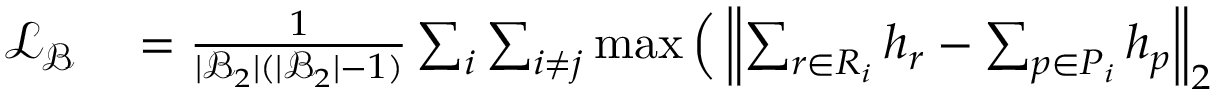
\begin{array} { r l } { \mathcal { L } _ { \mathcal { B } } } & { { } = \frac { 1 } { | \mathcal { B } _ { 2 } | ( | \mathcal { B } _ { 2 } | - 1 ) } \sum _ { i } \sum _ { i \neq j } \operatorname* { m a x } \Big ( \left\| \sum _ { r \in R _ { i } } h _ { r } - \sum _ { p \in P _ { i } } h _ { p } \right\| _ { 2 } } \end{array}